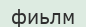
фиьлм